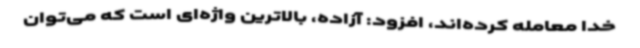
خدا معامله کرده‌اند، افزود: آزاده، بالاترین واژه‌ای است که می‌توان